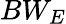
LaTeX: BW_{E}